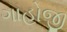
ગાહોજી